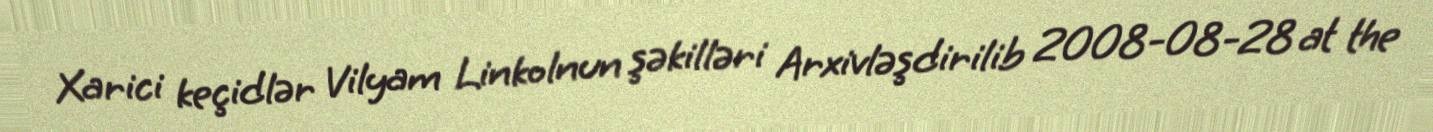
Xarici keçidlər Vilyam Linkolnun şəkilləri Arxivləşdirilib 2008-08-28 at the